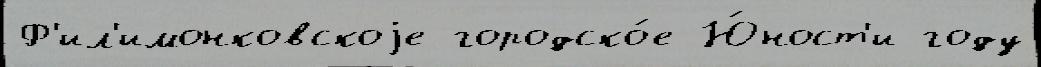
Ф'ил'имонковскоjе городско́е Ю́ност'и году